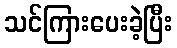
သင်ကြားပေးခဲ့ပြီး